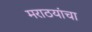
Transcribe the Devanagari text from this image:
मराठयांचा